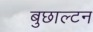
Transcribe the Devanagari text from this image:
बुछाल्टन